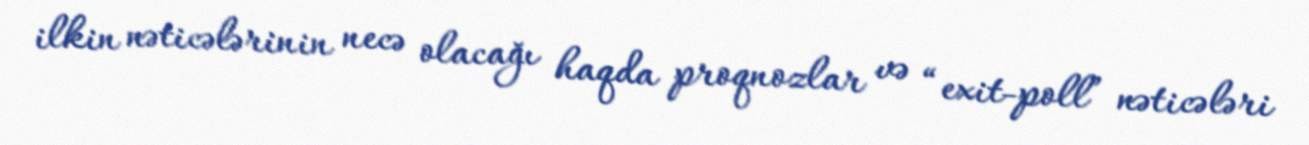
ilkin nəticələrinin necə olacağı haqda proqnozlar və “exit-poll” nəticələri